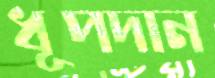
ধূপদান